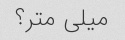
میلی متر؟